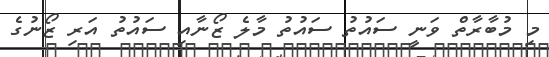
މި މުބާރާތް ވަނީ ސައުތު ސައުތު މާލެ ޒޯނާއި ސައުތު އަރި ޒޯނުގެ